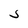
Character: S